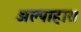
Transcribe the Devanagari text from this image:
अल्पाहार।